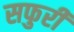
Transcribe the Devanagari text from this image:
सफुरी